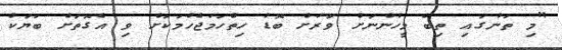
"މި ތަނުގައި ތިބޭ މީހުންނަށް ވަރަށް ބޮޑު ހިތްހަމަޖެހުމަކަށް ވި އެގޮތަށް ބަޔަކު